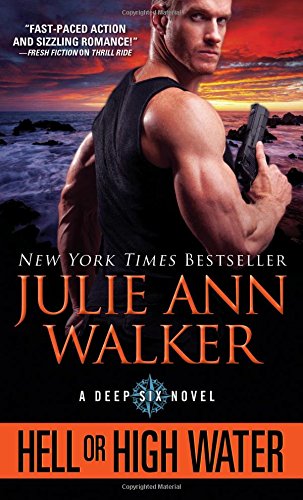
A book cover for Hell or High Water (The Deep Six); Julie Ann Walker; Romance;